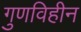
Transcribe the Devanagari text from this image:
गुणविहीन